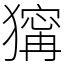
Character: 𤡺